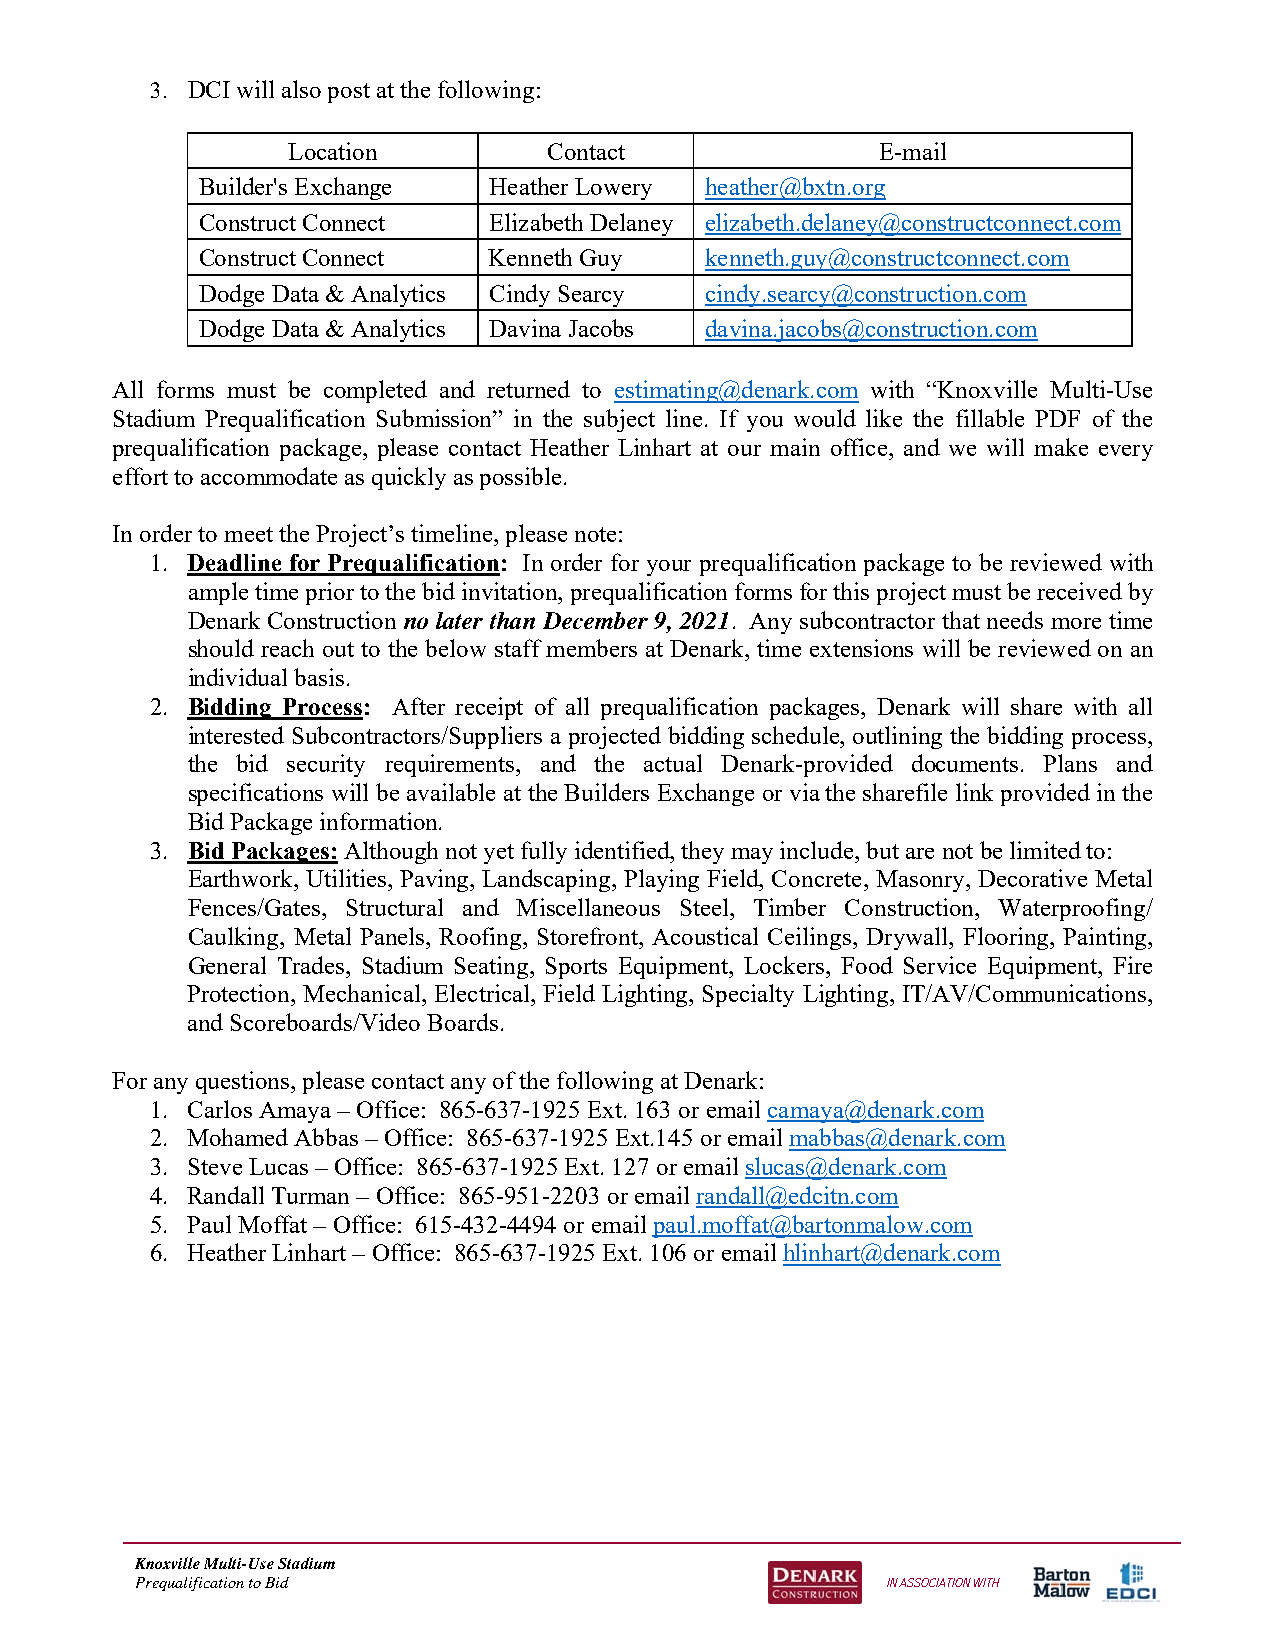
3. DCI will also post at the following:
 Location         Contact               E-mail
 Builder's Exchange Heather Lowery heather@bxtn.org
 Construct Connect  Elizabeth Delaney elizabeth.delaney@constructconnect.com
 Construct Connect  Kenneth Guy    kenneth.guy@constructconnect.com
 Dodge Data & Analytics Cindy Searcy cindy.searcy@construction.com
 Dodge Data & Analytics Davina Jacobs davina.jacobs@construction.com
 All forms must be completed and returned to estimating@denark.com with “Knoxville Multi-Use
 Stadium Prequalification Submission” in the subject line. If you would like the fillable PDF of the
 prequalification package, please contact Heather Linhart at our main office, and we will make every
 effort to accommodate as quickly as possible.
 In order to meet the Project’s timeline, please note:
 1. Deadline for Prequalification: In order for your prequalification package to be reviewed with
 ample time prior to the bid invitation, prequalification forms for this project must be received by
 Denark Construction no later than December 9, 2021. Any subcontractor that needs more time
 should reach out to the below staff members at Denark, time extensions will be reviewed on an
 individual basis.
 2. Bidding Process: After receipt of all prequalification packages, Denark will share with all
 interested Subcontractors/Suppliers a projected bidding schedule, outlining the bidding process,
 the bid security requirements, and the actual Denark-provided documents. Plans and
 specifications will be available at the Builders Exchange or via the sharefile link provided in the
 Bid Package information.
 3. Bid Packages: Although not yet fully identified, they may include, but are not be limited to:
 Earthwork, Utilities, Paving, Landscaping, Playing Field, Concrete, Masonry, Decorative Metal
 Fences/Gates, Structural and Miscellaneous Steel, Timber Construction, Waterproofing/
 Caulking, Metal Panels, Roofing, Storefront, Acoustical Ceilings, Drywall, Flooring, Painting,
 General Trades, Stadium Seating, Sports Equipment, Lockers, Food Service Equipment, Fire
 Protection, Mechanical, Electrical, Field Lighting, Specialty Lighting, IT/AV/Communications,
 and Scoreboards/Video Boards.
 For any questions, please contact any of the following at Denark:
 1. Carlos Amaya – Office: 865-637-1925 Ext. 163 or email camaya@denark.com
 2. Mohamed Abbas – Office: 865-637-1925 Ext.145 or email mabbas@denark.com
 3. Steve Lucas – Office: 865-637-1925 Ext. 127 or email slucas@denark.com
 4. Randall Turman – Office: 865-951-2203 or email randall@edcitn.com
 5. Paul Moffat – Office: 615-432-4494 or email paul.moffat@bartonmalow.com
 6. Heather Linhart – Office: 865-637-1925 Ext. 106 or email hlinhart@denark.com
 Knoxville Multi-Use Stadium
 Prequalification to Bid                           IN ASSOCIATION WITH